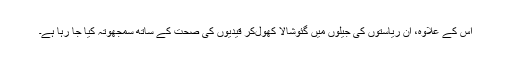
اس کے علاوہ، ان ریاستوں کی جیلوں میں گئوشالا کھول‌کر قیدیوں کی صحت کے ساتھ سمجھوتہ کیا جا رہا ہے۔